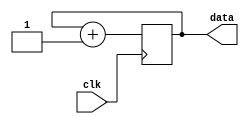
module counter(input clk, output [25:0] data);
wire clk;

reg [25:0] data = 0;

// rising edge 'L' -> 'H'
always @(posedge clk) begin
  data <= data + 1;
end
endmodule